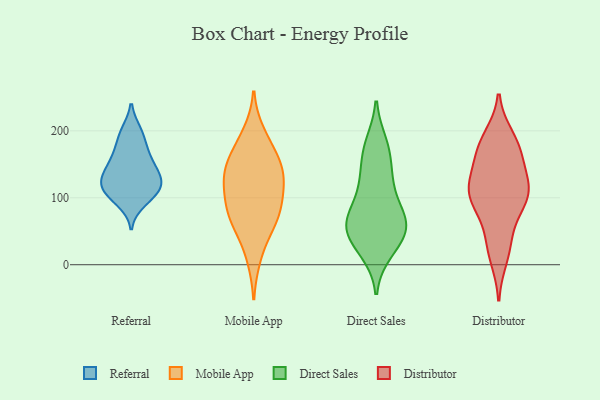
{"axis": {"x": "Population (Million)", "y": "Value"}, "legend": ["Direct Sales", "Distributor", "Mobile App", "Referral"], "data": [{"x": "", "y": 177, "type": "Referral"}, {"x": "", "y": 127, "type": "Referral"}, {"x": "", "y": 108, "type": "Referral"}, {"x": "", "y": 134, "type": "Referral"}, {"x": "", "y": 112, "type": "Referral"}, {"x": "", "y": 103, "type": "Referral"}, {"x": "", "y": 197, "type": "Referral"}, {"x": "", "y": 126, "type": "Referral"}, {"x": "", "y": 157, "type": "Referral"}, {"x": "", "y": 132, "type": "Referral"}, {"x": "", "y": 163, "type": "Referral"}, {"x": "", "y": 199, "type": "Referral"}, {"x": "", "y": 115, "type": "Referral"}, {"x": "", "y": 94, "type": "Referral"}, {"x": "", "y": 149, "type": "Referral"}, {"x": "", "y": 64, "type": "Mobile App"}, {"x": "", "y": 115, "type": "Mobile App"}, {"x": "", "y": 12, "type": "Mobile App"}, {"x": "", "y": 84, "type": "Mobile App"}, {"x": "", "y": 74, "type": "Mobile App"}, {"x": "", "y": 150, "type": "Mobile App"}, {"x": "", "y": 150, "type": "Mobile App"}, {"x": "", "y": 178, "type": "Mobile App"}, {"x": "", "y": 119, "type": "Mobile App"}, {"x": "", "y": 91, "type": "Mobile App"}, {"x": "", "y": 56, "type": "Mobile App"}, {"x": "", "y": 142, "type": "Mobile App"}, {"x": "", "y": 195, "type": "Mobile App"}, {"x": "", "y": 134, "type": "Mobile App"}, {"x": "", "y": 68, "type": "Direct Sales"}, {"x": "", "y": 59, "type": "Direct Sales"}, {"x": "", "y": 68, "type": "Direct Sales"}, {"x": "", "y": 26, "type": "Direct Sales"}, {"x": "", "y": 58, "type": "Direct Sales"}, {"x": "", "y": 66, "type": "Direct Sales"}, {"x": "", "y": 40, "type": "Direct Sales"}, {"x": "", "y": 164, "type": "Direct Sales"}, {"x": "", "y": 115, "type": "Direct Sales"}, {"x": "", "y": 76, "type": "Direct Sales"}, {"x": "", "y": 174, "type": "Direct Sales"}, {"x": "", "y": 20, "type": "Direct Sales"}, {"x": "", "y": 122, "type": "Direct Sales"}, {"x": "", "y": 44, "type": "Direct Sales"}, {"x": "", "y": 180, "type": "Direct Sales"}, {"x": "", "y": 129, "type": "Direct Sales"}, {"x": "", "y": 94, "type": "Distributor"}, {"x": "", "y": 117, "type": "Distributor"}, {"x": "", "y": 168, "type": "Distributor"}, {"x": "", "y": 92, "type": "Distributor"}, {"x": "", "y": 182, "type": "Distributor"}, {"x": "", "y": 121, "type": "Distributor"}, {"x": "", "y": 168, "type": "Distributor"}, {"x": "", "y": 103, "type": "Distributor"}, {"x": "", "y": 123, "type": "Distributor"}, {"x": "", "y": 110, "type": "Distributor"}, {"x": "", "y": 97, "type": "Distributor"}, {"x": "", "y": 29, "type": "Distributor"}, {"x": "", "y": 41, "type": "Distributor"}, {"x": "", "y": 189, "type": "Distributor"}, {"x": "", "y": 166, "type": "Distributor"}, {"x": "", "y": 12, "type": "Distributor"}]}